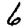
Digit: 6